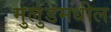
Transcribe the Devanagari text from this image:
मुलुंडमधील